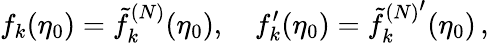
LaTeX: f_{k}(\eta_{0})=\tilde{f}_{k}^{(N)}(\eta_{0}),\quad f_{k}^{\prime}(\eta_{0})={\tilde{f}_{k}^{(N)^{\scriptstyle\prime}}}(\eta_{0})\, ,